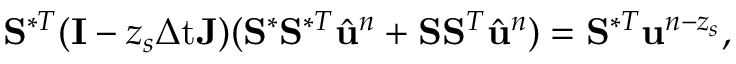
\mathbf { S } ^ { \ast T } ( \mathbf { I } - z _ { s } \ensuremath { \Delta \mathrm { t } } \mathbf { J } ) ( \mathbf { S } ^ { \ast } \mathbf { S } ^ { \ast T } \hat { \ensuremath { \mathbf { u } } } ^ { n } + \mathbf { S } \mathbf { S } ^ { T } \hat { \ensuremath { \mathbf { u } } } ^ { n } ) = \mathbf { S } ^ { \ast T } \ensuremath { \mathbf { u } } ^ { n - z _ { s } } ,